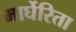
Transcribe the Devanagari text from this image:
मार्घेरिता